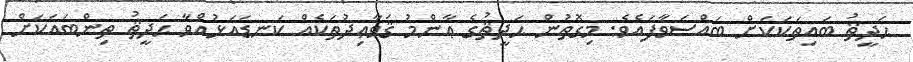
ޙަދީޘު ބައިތަކަކަށް ބައްސަވާފައެވެ. މިގޮތުން ޙަދީޘުގެ ޢާންމު ޤަވާޢިދުތަކެއް ކަނޑައަޅުއްވާ ޙަދީޘު ތިންބައަކަށް